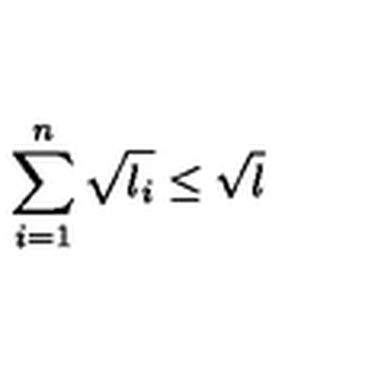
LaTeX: \sum _ { i = 1 } ^ { n } \sqrt { l _ { i } } \leq \sqrt { l }